Annual vaccination report of Bihar and Orissa - 1911-1928
Year: 1911
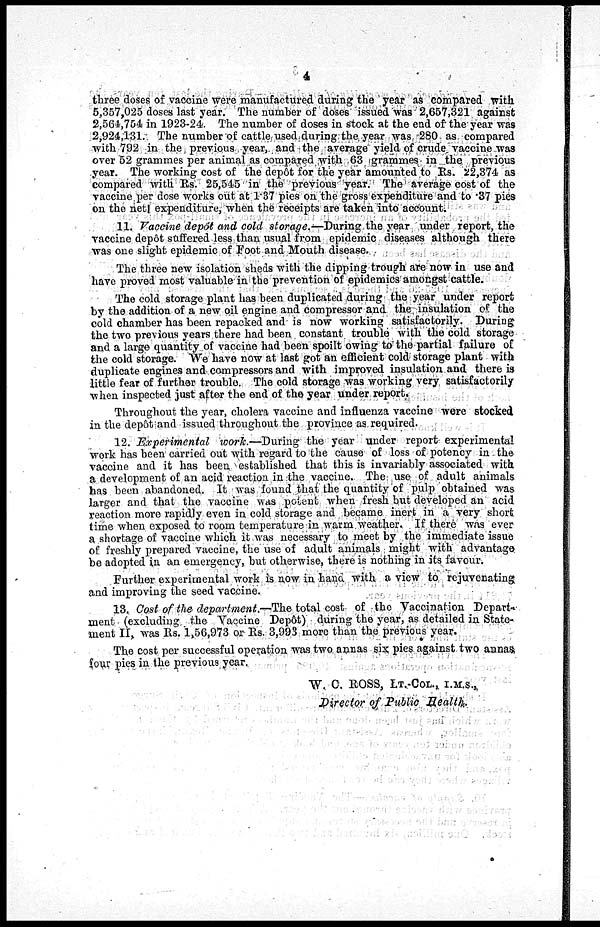
4
three doses of vaccine were manufactured during the year as compared with
5,357,025 doses last year. The number of doses issued was 2,657,321 against
2,564,754 in 1923-24. The number of doses in stock at the end of the year was
2,924,131. The number of cattle used during the year was 280 as compared
with 792 in the previous year, and the average yield of crude vaccine was
over 52 grammes per animal as compared with 63 grammes in the previous
year. The working cost of the depôt for the year amounted to Rs. 22,374 as
compared with Rs. 25,545 in the previous year. The average cost of the
vaccine per dose works out at 1.37 pies on the gross expenditure and to .37 pies
on the net expenditure, when the receipts are taken into account.
11. Vaccine depôt and cold storage.—During the year under report, the
vaccine depôt suffered less than usual from epidemic diseases although there
was one slight epidemic of Foot and Mouth disease.
The three new isolation sheds with the dipping trough are now in use and
have proved most valuable in the prevention of epidemics amongst cattle.
The cold storage plant has been duplicated during the year under report
by the addition of a new oil engine and compressor and the insulation of the
cold chamber has been repacked and is now working satisfactorily. During
the two previous years there had been constant trouble with the cold storage
and a largo quantity of vaccine had been spoilt owing to the partial failure of
the cold storage. We have now at last got an efficient cold storage plant with
duplicate engines and compressors and with improved insulation and there is
little fear of further trouble. The cold storage was working very satisfactorily
when inspected just after the end of the year under report.
Throughout the year, cholera vaccine and influenza vaccine were stocked
in the depôt and issued throughout the province as required.
12. Experimental
work.—During the year under report experimental
work has been carried out with regard to the cause of loss of potency in the
vaccine and it has been established that this is invariably associated with
a development of an acid reaction in the vaccine. The use of adult animals
has been abandoned. It was found that the quantity of pulp obtained was
larger and that the vaccine was potent when fresh but developed an acid
reaction more rapidly even in cold storage and became inert in a very short
time when exposed to room temperature in warm weather. If there was ever
a shortage of vaccine which it was necessary to meet by the immediate issue
of freshly prepared vaccine, the use of adult animals might with advantage
be adopted in an emergency, but otherwise, there is nothing in its favour.
Further experimental work is now in hand with a view to rejuvenating
and improving the seed vaccine.
13. Cost of the department.—The total cost of the Vaccination Depart¬
ment (excluding the Vaccine Depôt) during the year, as detailed in State-
ment II, was Rs. 1,56,973 or Rs. 3,993 more than the previous year.
The cost per successful operation was two annas six pies against two annas
four pies in the previous year.
W. C. ROSS, LT.-COL., I.M.S.,
Director of Public Health.